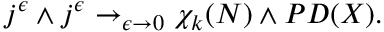
j ^ { \epsilon } \wedge j ^ { \epsilon } \rightarrow _ { \epsilon \rightarrow 0 } \chi _ { k } ( N ) \wedge P D ( X ) .